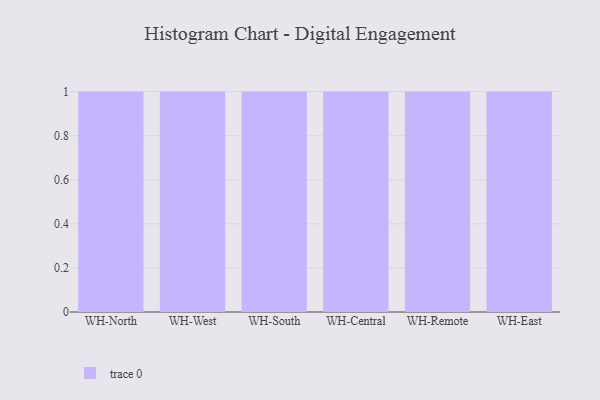
{"axis": {"x": "Warehouse", "y": "Page Views"}, "legend": [""], "data": [{"x": "WH-North", "y": 14, "type": ""}, {"x": "WH-West", "y": 55, "type": ""}, {"x": "WH-South", "y": 44, "type": ""}, {"x": "WH-Central", "y": 23, "type": ""}, {"x": "WH-Remote", "y": 79, "type": ""}, {"x": "WH-East", "y": 46, "type": ""}]}